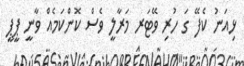
ޅިއަނު ކެފޭ ގަ ހުރި ވޭޓަރ މަރާލީ ވެސް ކޮންކަމެއް ވާނީ ޕީޕީ